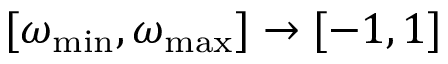
[ \omega _ { \mathrm { m i n } } , \omega _ { \mathrm { m a x } } ] \rightarrow [ - 1 , 1 ]